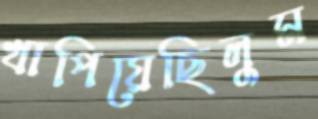
খাপিয়েছিলুম